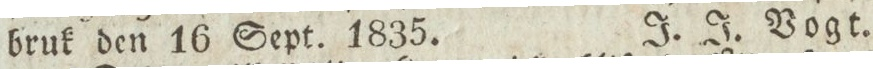
bruk den 16 Sept. 1835.    J. J. Vogt.